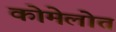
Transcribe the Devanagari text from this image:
कोमेलोत